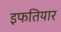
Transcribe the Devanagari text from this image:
इफतियार